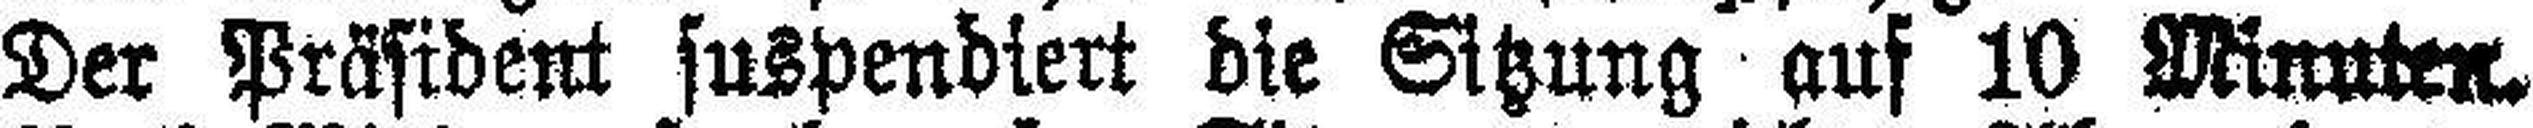
Der Präsident suspendiert die Sitzung auf 10 Minuten.